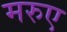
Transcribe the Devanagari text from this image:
मरुए